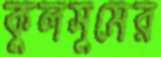
কুলসুমের